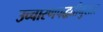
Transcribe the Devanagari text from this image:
उच्चारणपद्धतीनुसार